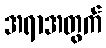
အရာအတွက်